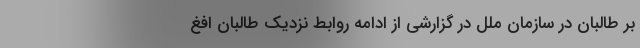
بر طالبان در سازمان ملل در گزارشی از ادامه روابط نزدیک طالبان افغ